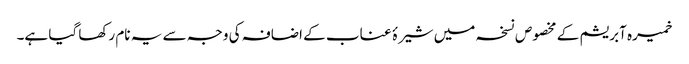
خمیرہ آبریشم کے مخصوص نسخہ میں شیرۂ عناب کے اضافہ کی وجہ سے یہ نام رکھا گیا ہے۔